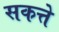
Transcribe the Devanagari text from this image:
सकत्ते